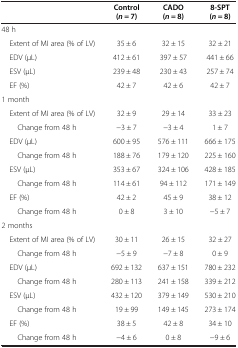
<table><thead><tr><td><b> </b></td><td><b>Control (<i>n</i> = 7)</b></td><td><b>CADO (<i>n</i> = 8)</b></td><td><b>8-SPT (<i>n</i> = 8)</b></td></tr></thead><tbody><tr><td>48 h</td><td> </td><td> </td><td> </td></tr><tr><td> Extent of MI area (% of LV)</td><td>35 ± 6</td><td>32 ± 15</td><td>32 ± 21</td></tr><tr><td> EDV (μL)</td><td>412 ± 61</td><td>397 ± 57</td><td>441 ± 66</td></tr><tr><td> ESV (μL)</td><td>239 ± 48</td><td>230 ± 43</td><td>257 ± 74</td></tr><tr><td> EF (%)</td><td>42 ± 7</td><td>42 ± 6</td><td>42 ± 7</td></tr><tr><td>1 month</td><td> </td><td> </td><td> </td></tr><tr><td> Extent of MI area (% of LV)</td><td>32 ± 9</td><td>29 ± 14</td><td>33 ± 23</td></tr><tr><td>Change from 48 h</td><td>−3 ± 7</td><td>−3 ± 4</td><td>1 ± 7</td></tr><tr><td> EDV (μL)</td><td>600 ± 95</td><td>576 ± 111</td><td>666 ± 175</td></tr><tr><td>Change from 48 h</td><td>188 ± 76</td><td>179 ± 120</td><td>225 ± 160</td></tr><tr><td> ESV (μL)</td><td>353 ± 67</td><td>324 ± 106</td><td>428 ± 185</td></tr><tr><td>Change from 48 h</td><td>114 ± 61</td><td>94 ± 112</td><td>171 ± 149</td></tr><tr><td> EF (%)</td><td>42 ± 2</td><td>45 ± 9</td><td>38 ± 12</td></tr><tr><td>Change from 48 h</td><td>0 ± 8</td><td>3 ± 10</td><td>−5 ± 7</td></tr><tr><td>2 months</td><td> </td><td> </td><td> </td></tr><tr><td> Extent of MI area (% of LV)</td><td>30 ± 11</td><td>26 ± 15</td><td>32 ± 27</td></tr><tr><td>Change from 48 h</td><td>−5 ± 9</td><td>−7 ± 8</td><td>0 ± 9</td></tr><tr><td> EDV (μL)</td><td>692 ± 132</td><td>637 ± 151</td><td>780 ± 232</td></tr><tr><td>Change from 48 h</td><td>280 ± 113</td><td>241 ± 158</td><td>339 ± 212</td></tr><tr><td> ESV (μL)</td><td>432 ± 120</td><td>379 ± 149</td><td>530 ± 210</td></tr><tr><td>Change from 48 h</td><td>19 ± 99</td><td>149 ± 145</td><td>273 ± 174</td></tr><tr><td> EF (%)</td><td>38 ± 5</td><td>42 ± 8</td><td>34 ± 10</td></tr><tr><td>Change from 48 h</td><td>−4 ± 6</td><td>0 ± 8</td><td>−9 ± 6</td></tr></tbody></table>